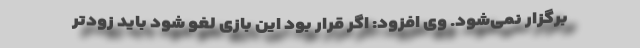
برگزار نمی‌شود. وی افزود: اگر قرار بود این بازی لغو شود باید زودتر